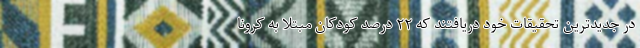
در جدیدترین تحقیقات خود دریافتند که ۲۲ درصد کودکان مبتلا به کرونا